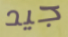
جيد